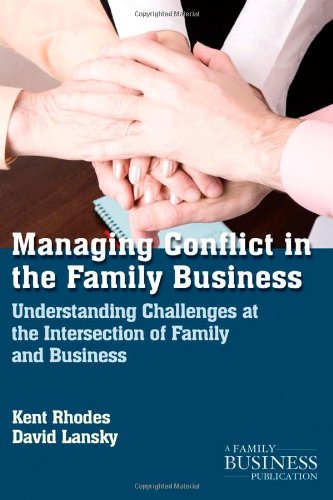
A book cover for Managing Conflict in the Family Business: Understanding Challenges at the Intersection of Family and Business (Family Business Leadership); Kent Rhodes; Business & Money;